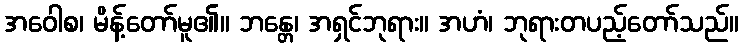
အဝေါစ၊ မိန့်တော်မူ၏။ ဘန္တေ၊ အရှင်ဘုရား။ အဟံ၊ ဘုရားတပည့်တော်သည်။